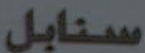
سنابل